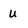
Character: u